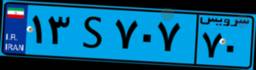
۸۱S۶۴۳۲۸